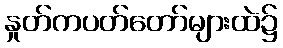
နှုတ်ကပတ်တော်များထဲ၌